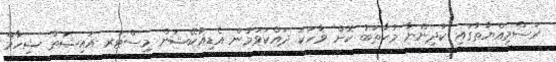
ރަސްމިއްޔާތުގައި ކުދިންނާ މުޙާތަބު ކޮށް ވާހަކަ ދައްކަވަމުން އެޑިއުކޭޝަން މިިސްޓަރ އައިޝަތު ޝިހާމް